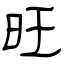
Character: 旺